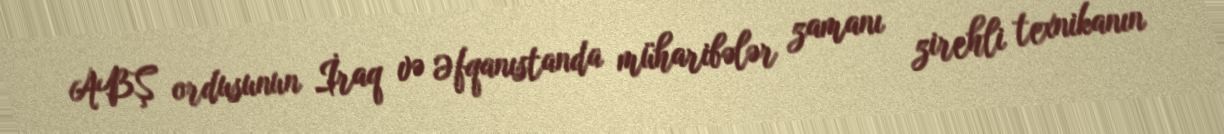
ABŞ ordusunun İraq və Əfqanıstanda müharibələr zamanı zirehli texnikanın